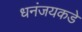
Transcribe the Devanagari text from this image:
धनंजयकडे